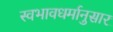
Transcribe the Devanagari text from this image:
स्वभावधर्मानुसार